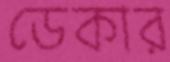
ডেকার